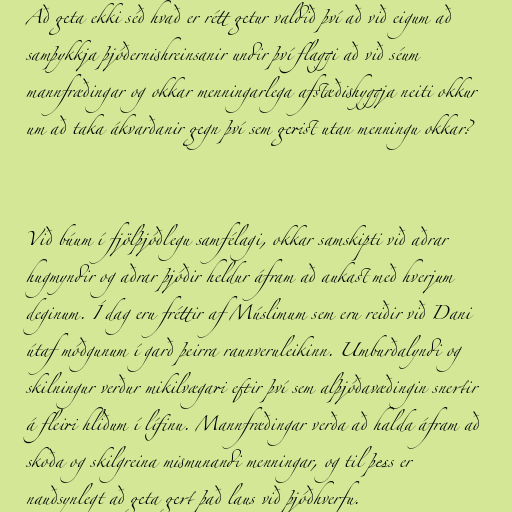
Að geta ekki séð hvað er rétt getur valdið því að við eigum að
samþykkja þjóðernishreinsanir undir því flaggi að við séum
mannfræðingar og okkar menningarlega afstæðishyggja neiti okkur
um að taka ákvarðanir gegn því sem gerist utan menningu okkar?

Við búum í fjölþjóðlegu samfélagi, okkar samskipti við aðrar
hugmyndir og aðrar þjóðir heldur áfram að aukast með hverjum
deginum. Í dag eru fréttir af Múslimum sem eru reiðir við Dani
útaf móðgunum í garð þeirra raunveruleikinn. Umburðalyndi og
skilningur verður mikilvægari eftir því sem alþjóðavæðingin snertir
á fleiri hliðum í lífinu. Mannfræðingar verða að halda áfram að
skoða og skilgreina mismunandi menningar, og til þess er
nauðsynlegt að geta gert það laus við þjóðhverfu.